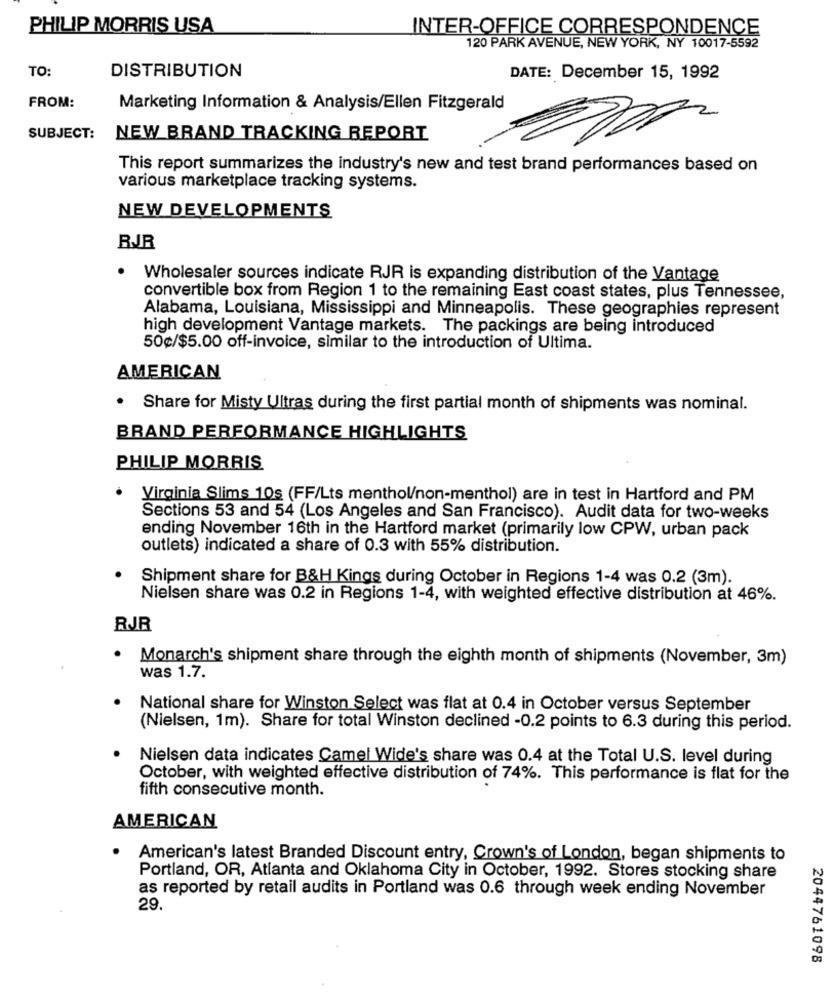
PHILIP MORRIS USA
INTER-OFFICE CORRESPONDENCE
120 PARK AVENUE, NEW YORK, NY 10017-5592
TO:
DISTRIBUTION
DATE: December 15, 1992
FROM:
Marketing Information & Analysis/Ellen Fitzgerald
SUBJECT:
NEW BRAND TRACKING REPORT
This report summarizes the industry's new and test brand performances based on
various marketplace tracking systems.
NEW DEVELOPMENTS
RJJR
Wholesaler sources indicate RJR is expanding distribution of the Vantage
convertible box from Region 1 to the remaining East coast states, plus Tennessee,
Alabama, Louisiana, Mississippi and Minneapolis. These geographies represent
high development Vantage markets. The packings are being introduced
50¢/$5.00 off-invoice, similar to the introduction of Ultima.
AMERICAN
Share for Misty Ultras during the first partial month of shipments was nominal.
BRAND PERFORMANCE HIGHLIGHTS
PHILIP MORRIS
Virginia Slims 10s (FF/Lts menthol/non-menthol) are in test in Hartford and PM
Sections 53 and 54 (Los Angeles and San Francisco). Audit data for two-weeks
ending November 16th in the Hartford market (primarily low CPW, urban pack
outlets) indicated a share of 0.3 with 55% distribution.
Shipment share for B&H Kings during October in Regions 1-4 was 0.2 (3m).
Nielsen share was 0.2 in Regions 1-4, with weighted effective distribution at 46%.
RJR
. Monarch's shipment share through the eighth month of shipments (November, 3m)
was 1.7.
National share for Winston Select was flat at 0.4 in October versus September
(Nielsen, 1m). Share for total Winston declined -0.2 points to 6.3 during this period.
Nielsen data indicates Camel Wide's share was 0.4 at the Total U.S. level during
October, with weighted effective distribution of 74%. This performance is flat for the
fifth consecutive month.
AMERICAN
American's latest Branded Discount entry, Crown's of London, began shipments to
Portland, OR, Atlanta and Oklahoma City in October, 1992. Stores stocking share
as reported by retail audits in Portland was 0.6 through week ending November
29.
2044761098